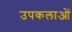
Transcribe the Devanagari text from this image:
उपकलाओं